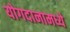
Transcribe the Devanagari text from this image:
योगदानामध्ये